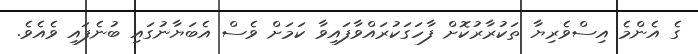
ގެ އެންމެ އިސްވެރިޔާ ތަކުރާރުކޮށް ފާހަގަކުރައްވާފައިވާ ކަމަށް ވެސް އެބަޔާނުގައި ބުނެފައި ވެއެވެ.